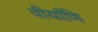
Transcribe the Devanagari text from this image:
वीर्याणि